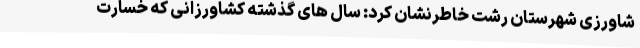
شاورزی شهرستان رشت خاطرنشان کرد: سال های گذشته کشاورزانی که خسارت